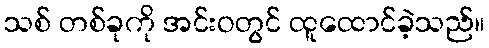
သစ် တစ်ခုကို အင်းဝတွင် ထူထောင်ခဲ့သည်။